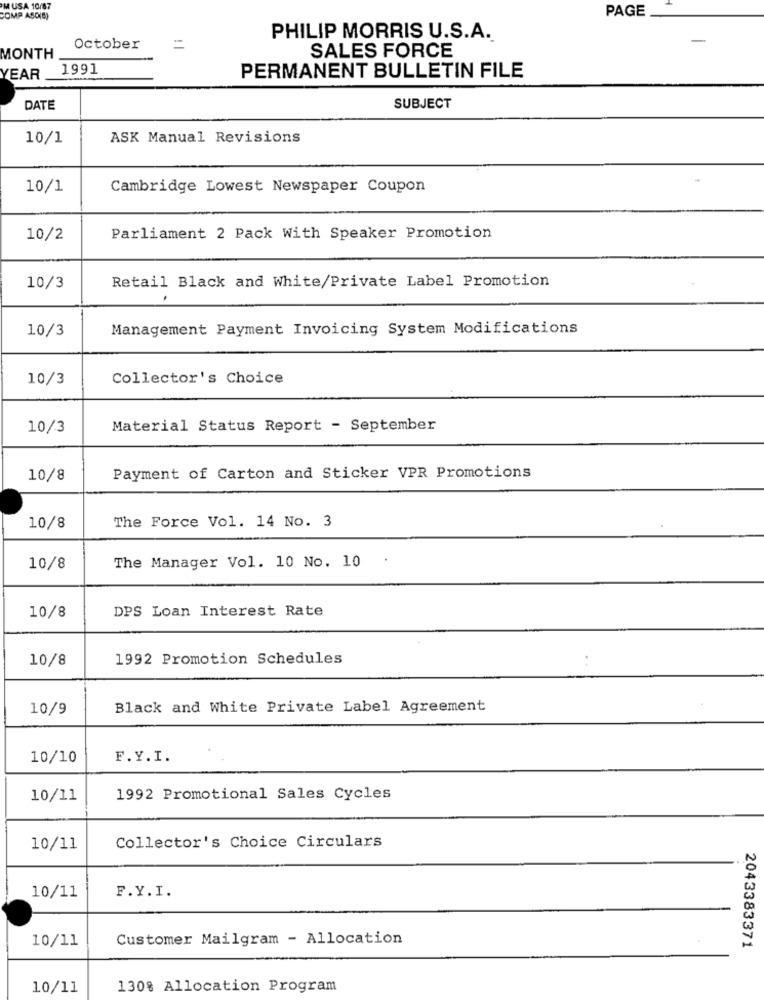
MUSA 10/87
PAGE
COMP ASC(S)
PHILIP MORRIS U.S.A.
October
MONTH
SALES FORCE
1991
PERMANENT BULLETIN FILE
YEAR
DATE
SUBJECT
10/1
ASK Manual Revisions
10/1
Cambridge Lowest Newspaper Coupon
10/2
Parliament 2 Pack With Speaker Promotion
Retail Black and White/Private Label Promotion
10/3
.
10/3
Management Payment Invoicing System Modifications
10/3
Collector's Choice
10/3
Material Status Report - September
10/8
Payment of Carton and Sticker VPR Promotions
The Force Vol. 14 No. 3
10/8
The Manager Vol. 10 No. 10
.
10/8
10/8
DPS Loan Interest Rate
10/8
1992 Promotion Schedules
. .
10/9
Black and White Private Label Agreement
10/10
F.Y.I.
10/11
1992 Promotional Sales Cycles
Collector's Choice Circulars
10/11
F.Y.I.
10/11
Customer Mailgram - Allocation
10/11
2043383371
10/11
130% Allocation Program